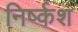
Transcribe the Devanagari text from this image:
निर्ष्कश